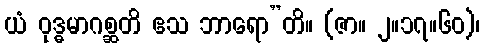
ယံ ဝုဒ္ဓမာဂစ္ဆတိ ဧသ ဘာရော”တိ။ (ဇာ။ ၂။၁၇။၆၀)၊